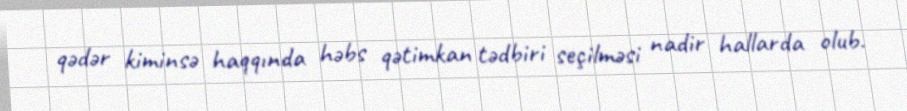
qədər kiminsə haqqında həbs qətimkan tədbiri seçilməsi nadir hallarda olub.